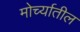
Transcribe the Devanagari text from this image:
मोर्च्यातील